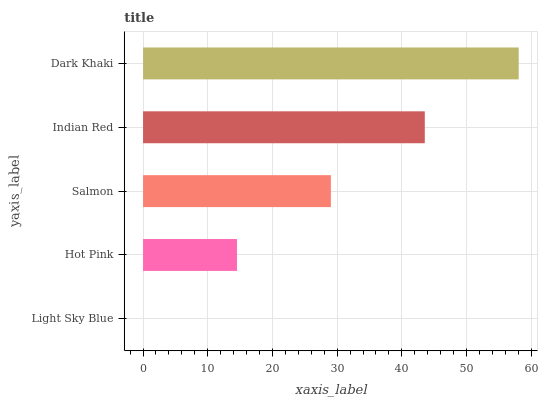
| yaxis_label | bars |
 | --- | --- |
 | Light Sky Blue | 0 |
 | Hot Pink | 14.5 |
 | Salmon | 29 |
 | Indian Red | 43.5 |
 | Dark Khaki | 58.1 |